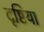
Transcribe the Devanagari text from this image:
दृष्टिया